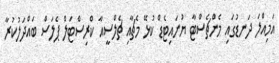
އަމިއްލަ ދަނޑުގައި މެންޗެސްޓާ ޔުނައިޓެޑް ކުޅޭ މެޗާއި ޗެލްސީއާ ކްރިސްޓަލް ޕެލަސް ބައްދަލުކުރާ